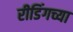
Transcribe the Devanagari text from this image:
रीडिंगच्या